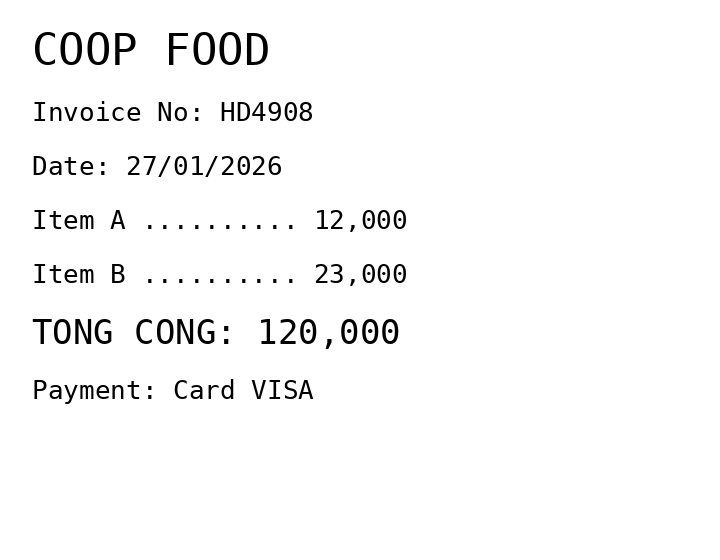
COOP FOOD
Invoice No: HD4908
Date: 27/01/2026
Item A .......... 12,000
Item B .......... 23,000
TONG CONG: 120,000
Payment: Card VISA
Merchant: coop food
Date: 2026-01-27
Total: 120000
Invoice No: HD4908
Payment method: CARD